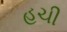
હચી